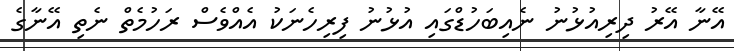
އޭނާ އޭރު ދިރިއުޅުނު ނެއިބަހުޑްގައި އުޅުނު ފިރިހެނަކު އެއްވެސް ރަހުމެތް ނެތި އޭނާގެ